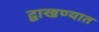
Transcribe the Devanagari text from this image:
द्वाखण्यात